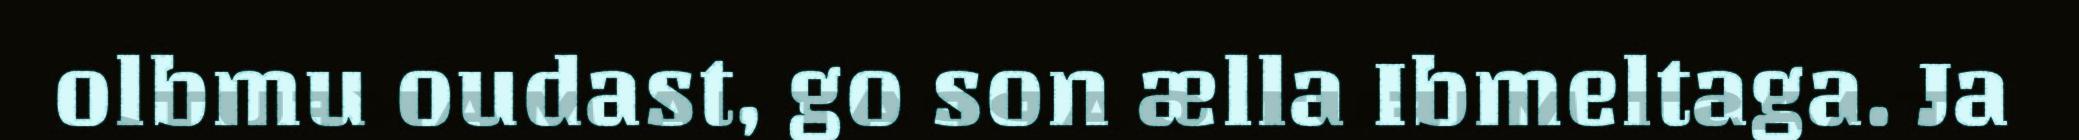
olbmu oudast, go son ælla Ibmeltaga. Ja